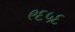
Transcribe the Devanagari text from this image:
९६५६